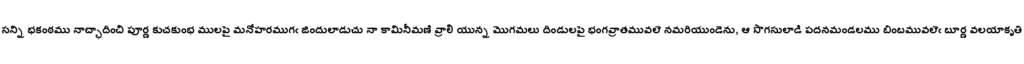
సన్ని భకంఠము నాచ్ఛాదించి పూర్ణ కుచకుంభ ములపై మనోహరముగఁ జిందులాడుచు నా కామినీమణి వ్రాలి యున్న మొగమలు దిండులపై భంగవ్రాతమువలె నమరియుండెను, ఆ సొగసులాడి పదనమండలము బింబమువలెఁ బూర్ణ వలయాకృతి